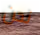
نحن